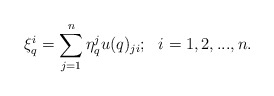
\begin{align*}\displaystyle\xi_q^i=\sum_{j=1}^n\eta_q^ju(q)_{ji};~~i=1,2,...,n.\end{align*}